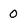
Character: 0